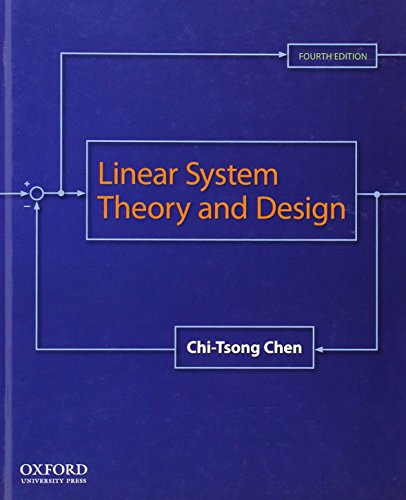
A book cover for Linear System Theory and Design (The Oxford Series in Electrical and Computer Engineering); Chi-Tsong Chen; Science & Math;